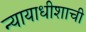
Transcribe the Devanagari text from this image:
न्यायाधीशाची